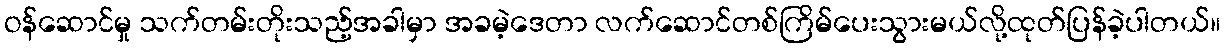
ဝန်ဆောင်မှု သက်တမ်းတိုးသည့်အခါမှာ အခမဲ့ဒေတာ လက်ဆောင်တစ်ကြိမ်ပေးသွားမယ်လို့ထုတ်ပြန်ခဲ့ပါတယ်။